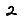
Digit: 2